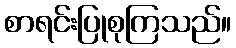
စာရင်းပြုစုကြသည်။